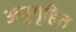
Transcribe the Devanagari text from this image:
अनुगृहित